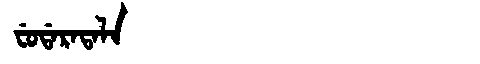
Manchu: ᠸᡠᡩᠠᡵᠠᡨᠠᠯᠠ
Romanization: FUDARATALA